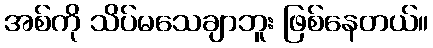
အစ်ကို သိပ်မသေချာဘူး ဖြစ်နေတယ်။